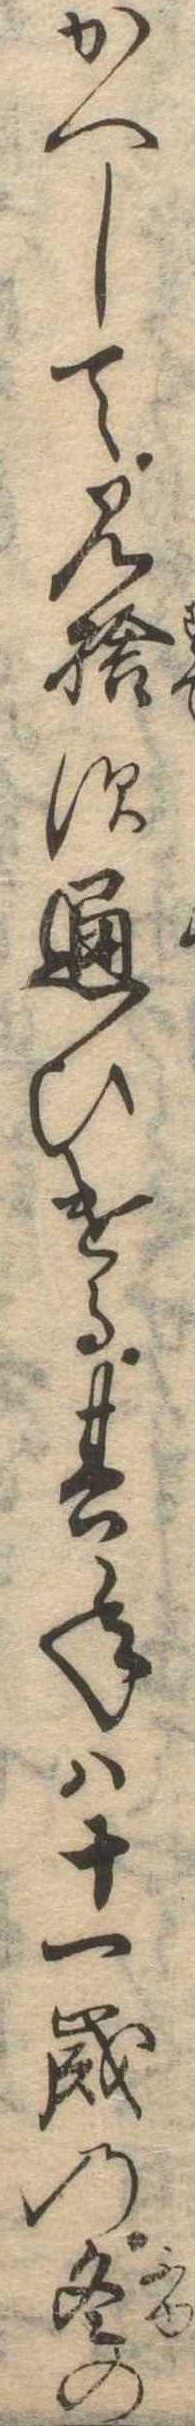
かへして見捨ず通ひける其年は十一歳の冬の